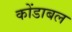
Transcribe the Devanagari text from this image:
कोंडाबल